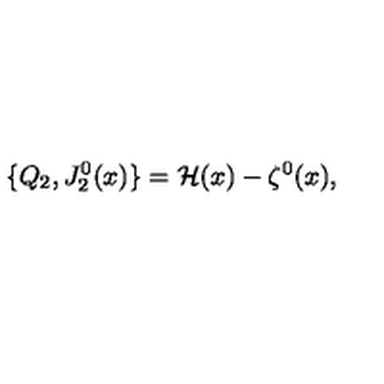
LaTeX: \{ Q _ { 2 } , J _ { 2 } ^ { 0 } ( x ) \} = { \cal H } ( x ) - \zeta ^ { 0 } ( x ) ,